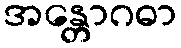
အန္တောဂဓာ